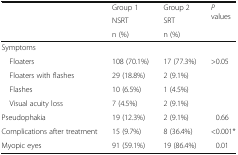
<table><thead><tr><td rowspan="3"></td><td><b>Group 1</b></td><td><b>Group 2</b></td><td rowspan="3"><b><i>P</i> values</b></td></tr><tr><td><b>NSRT</b></td><td><b>SRT</b></td></tr><tr><td><b>n (%)</b></td><td><b>n (%)</b></td></tr></thead><tbody><tr><td colspan="4">Symptoms</td></tr><tr><td> Floaters</td><td>108 (70.1%)</td><td>17 (77.3%)</td><td rowspan="4">&gt;0.05</td></tr><tr><td> Floaters with flashes</td><td>29 (18.8%)</td><td>2 (9.1%)</td></tr><tr><td> Flashes</td><td>10 (6.5%)</td><td>1 (4.5%)</td></tr><tr><td> Visual acuity loss</td><td>7 (4.5%)</td><td>2 (9.1%)</td></tr><tr><td>Pseudophakia</td><td>19 (12.3%)</td><td>2 (9.1%)</td><td>0.66</td></tr><tr><td>Complications after treatment</td><td>15 (9.7%)</td><td>8 (36.4%)</td><td>&lt;0.001*</td></tr><tr><td>Myopic eyes</td><td>91 (59.1%)</td><td>19 (86.4%)</td><td>0.01</td></tr></tbody></table>